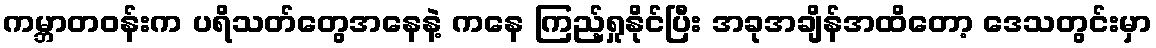
ကမ္ဘာတဝန်းက ပရိသတ်တွေအနေနဲ့ ကနေ ကြည့်ရှုနိုင်ပြီး အခုအချိန်အထိတော့ ဒေသတွင်းမှာ